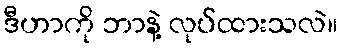
ဒီဟာကို ဘာနဲ့ လုပ်ထားသလဲ။